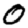
Digit: 0